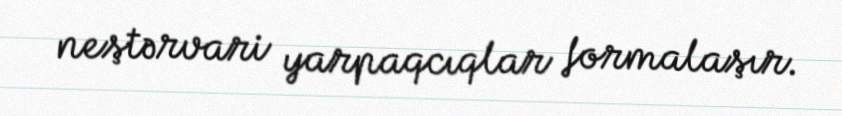
neştərvari yarpaqcıqlar formalaşır.